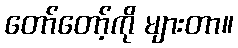
တော်တော့်ကို များတာ။